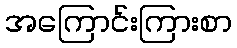
အကြောင်းကြားစာ